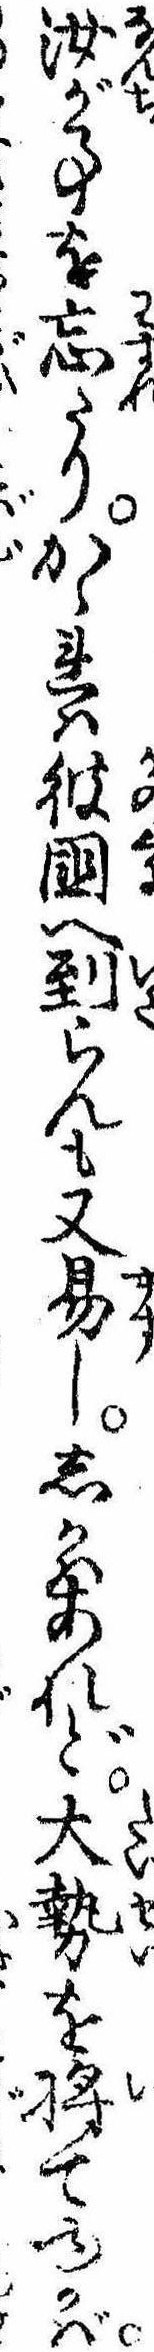
汝が事を忘たりかゝれは彼国へ到らんも又易ししかはあれど大勢を将てゆかば